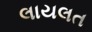
લાયલત